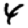
Digit: 4